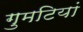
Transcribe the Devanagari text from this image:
गुमटियां